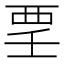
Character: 𲁉